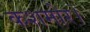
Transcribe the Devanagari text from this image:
कशमोर।